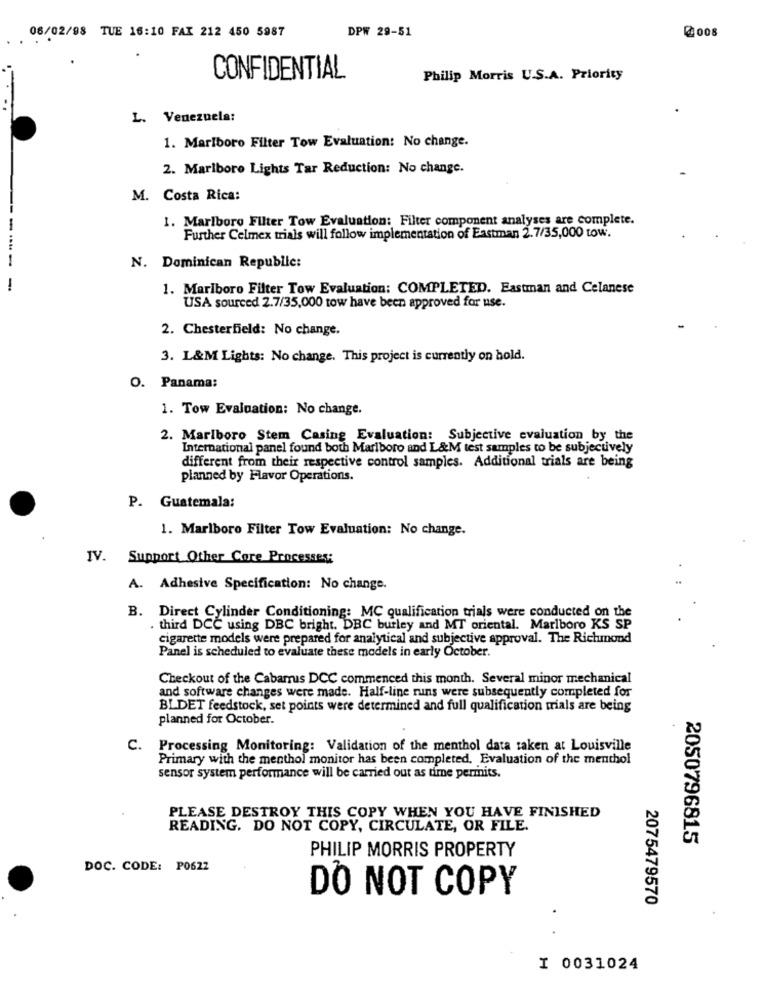
06/02/98 TUE 16:10 FAX 212 450 5987
DPW 29-51
@008
CONFIDENTIAL
Philip Morris U.S.A. Priority
L. Venezuela:
1. Marlboro Filter Tow Evaluation: No change.
2. Marlboro Lights Tar Reduction: No change.
M. Costa Rica:
1. Marlboro Filter Tow Evaluation: Filter component analyses are complete.
Further Celmex trials will follow implementation of Eastman 2.7/35,000 tow.
----
N. Dominican Republic:
-
1. Marlboro Filter Tow Evaluation: COMPLETED. Eastman and Celanese
USA sourced 2.7/35,000 tow have been approved for use.
2. Chesterfield: No change.
3. L&M Lights: No change. This project is currently on hold.
O. Panama:
1. Tow Evaluation: No change.
2. Marlboro Stem Casing Evaluation: Subjective evaluation by the
International panel found both Marlboro and L&M test samples to be subjectively
different from their respective control samples. Additional trials are being
planned by Flavor Operations.
P. Guatemala:
1. Marlboro Filter Tow Evaluation: No change.
IV. Support Other Core Processes:
A. Adhesive Specification: No change.
B. Direct Cylinder Conditioning: MC qualification trials were conducted on the
. third DCC using DBC bright. DBC burley and MT oriental. Marlboro KS SP
cigarette models were prepared for analytical and subjective approval. The Richmond
Panel is scheduled to evaluate these models in early October.
Checkout of the Cabamis DCC commenced this month. Several minor mechanical
and software changes were made. Half-line runs were subsequently completed for
BLDET feedstock, set points were determined and full qualification trials are being
planned for October.
C.
Processing Monitoring: Validation of the menthol data taken at Louisville
Primary with the menthol monitor has been completed. Evaluation of the menthol
sensor system performance will be carried out as time permits.
PLEASE DESTROY THIS COPY WHEN YOU HAVE FINISHED
READING. DO NOT COPY, CIRCULATE, OR FILE.
2050796815
PHILIP MORRIS PROPERTY
DOC. CODE: P0622
DO NOT COPY
2075479570
.
I 0031024